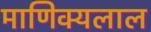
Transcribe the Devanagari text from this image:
माणिक्यलाल